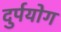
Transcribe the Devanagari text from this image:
दुर्पयोग